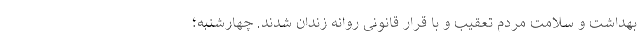
بهداشت و سلامت مردم تعقیب و با قرار قانونی روانه زندان شدند. چهارشنبه؛